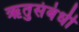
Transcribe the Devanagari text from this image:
ऋतुसंबंधी